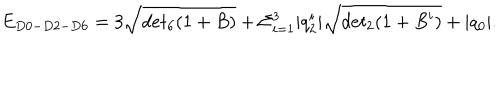
E _ { D 0 - D 2 - D 6 } = 3 \sqrt { d e t _ { 6 } ( 1 + B ) } + \Sigma _ { i = 1 } ^ { 3 } | q _ { 2 } ^ { i } | \sqrt { d e t _ { 2 } ( 1 + B ^ { i } ) } + | q _ { 0 } | .